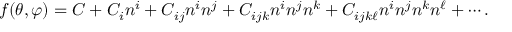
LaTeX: f ( \theta , \varphi ) = C + C _ { i } n ^ { i } + C _ { i j } n ^ { i } n ^ { j } + C _ { i j k } n ^ { i } n ^ { j } n ^ { k } + C _ { i j k \ell } n ^ { i } n ^ { j } n ^ { k } n ^ { \ell } + \cdots .